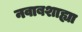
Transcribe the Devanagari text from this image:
नवाबशाह्या